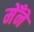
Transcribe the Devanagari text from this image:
मेँने